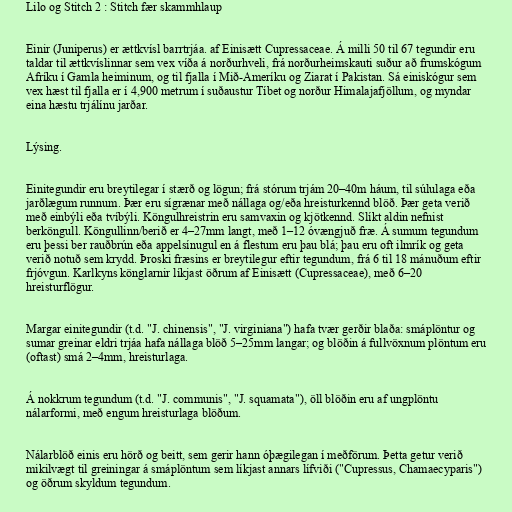
Lilo og Stitch 2 : Stitch fær skammhlaup

Einir (Juniperus) er ættkvísl barrtrjáa. af Einisætt Cupressaceae. Á milli 50 til 67 tegundir eru
taldar til ættkvíslinnar sem vex víða á norðurhveli, frá norðurheimskauti suður að frumskógum
Afríku í Gamla heiminum, og til fjalla í Mið-Ameríku og Ziarat í Pakistan. Sá einiskógur sem
vex hæst til fjalla er í 4,900 metrum í suðaustur Tíbet og norður Himalajafjöllum, og myndar
eina hæstu trjálínu jarðar.

Lýsing.

Einitegundir eru breytilegar í stærð og lögun; frá stórum trjám 20–40m háum, til súlulaga eða
jarðlægum runnum. Þær eru sígrænar með nállaga og/eða hreisturkennd blöð. Þær geta verið
með einbýli eða tvíbýli. Köngulhreistrin eru samvaxin og kjötkennd. Slíkt aldin nefnist
berköngull. Köngullinn/berið er 4–27mm langt, með 1–12 óvængjuð fræ. Á sumum tegundum
eru þessi ber rauðbrún eða appelsínugul en á flestum eru þau blá; þau eru oft ilmrík og geta
verið notuð sem krydd. Þroski fræsins er breytilegur eftir tegundum, frá 6 til 18 mánuðum eftir
frjóvgun. Karlkyns könglarnir líkjast öðrum af Einisætt (Cupressaceae), með 6–20
hreisturflögur.

Margar einitegundir (t.d. "J. chinensis", "J. virginiana") hafa tvær gerðir blaða: smáplöntur og
sumar greinar eldri trjáa hafa nállaga blöð 5–25mm langar; og blöðin á fullvöxnum plöntum eru
(oftast) smá 2–4mm, hreisturlaga.

Á nokkrum tegundum (t.d. "J. communis", "J. squamata"), öll blöðin eru af ungplöntu
nálarformi, með engum hreisturlaga blöðum.

Nálarblöð einis eru hörð og beitt, sem gerir hann óþægilegan í meðförum. Þetta getur verið
mikilvægt til greiningar á smáplöntum sem líkjast annars lífviði ("Cupressus, Chamaecyparis")
og öðrum skyldum tegundum.